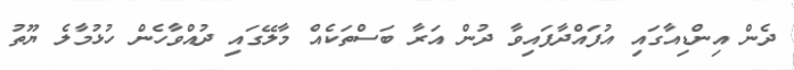
ދެން އިންޑިއާގައި އުފައްދާފައިވާ ދުން އަރާ ބަސްތަކެއް މާލޭގައި ދުއްވާހެން ހުޅުމާލެ ޔޫތު